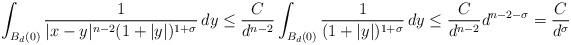
LaTeX: \begin{align*}\int_{B_d(0)}\frac{1}{|x-y|^{n-2}(1+|y|)^{1+\sigma}}\, dy\leq \frac{C}{d^{n-2}}\int_{B_d(0)}\frac{1}{(1+|y|)^{1+\sigma}}\, dy\leq \frac{C}{d^{n-2}} d^{n-2-\sigma}=\frac{C}{d^\sigma}\end{align*}